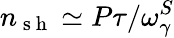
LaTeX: n_{\mathrm{~s~h~}}\simeq P\tau/\omega_{\gamma}^{S}